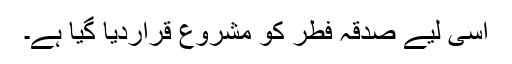
اسی لیے صدقہ فطر کو مشروع قراردیا گیا ہے۔